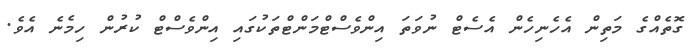
ގޮތެއްގެ މަތިން އެހެނިހެން އެސެޓް ނުވަތަ އިންވެސްޓްމަންޓްތަކުގައި އިންވެސްޓް ކުރުން ހިމެނެ އެވެ.